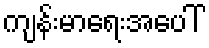
ကျန်းမာရေးအပေါ်